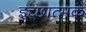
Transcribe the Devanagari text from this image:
इच्छात्मक